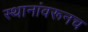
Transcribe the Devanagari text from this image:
स्थानांवरूनच